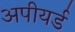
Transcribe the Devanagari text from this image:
अपीयर्ड